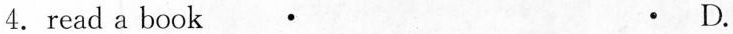
4.read a book · · D.